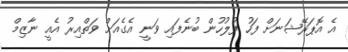
އެ އޮޕަރޭޝަނަށް ފަހު ފުލުހުން ބުނެފައި ވަނީ އެގެއަށް ވަތްއިރު އެއީ ނާޒިމް